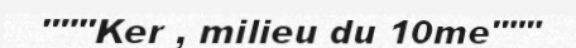
"""Ker , milieu du 10me"""